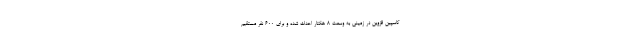
کاسپین قزوین در زمینی به وسعت ۸ هکتار احداث شده و برای ۶۰۰ نفر مستقیم